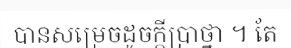
បានសម្រេចដូចក្តីប្រាថ្នា ។ តែ